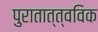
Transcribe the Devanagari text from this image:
पुरातात्त्वविक